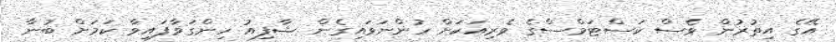
އޭގެ އިތުރުން ވެސް ކަސްޓަމްސްގެ ވެރިއަކަށް ހުންނަވައިގެން ޝާފިއު ހިންގަވާފައިވާ ކަމަށް ބުނާ